Annual statistical returns and brief notes on vaccination in Bengal - 1896-1909
Year: 1896
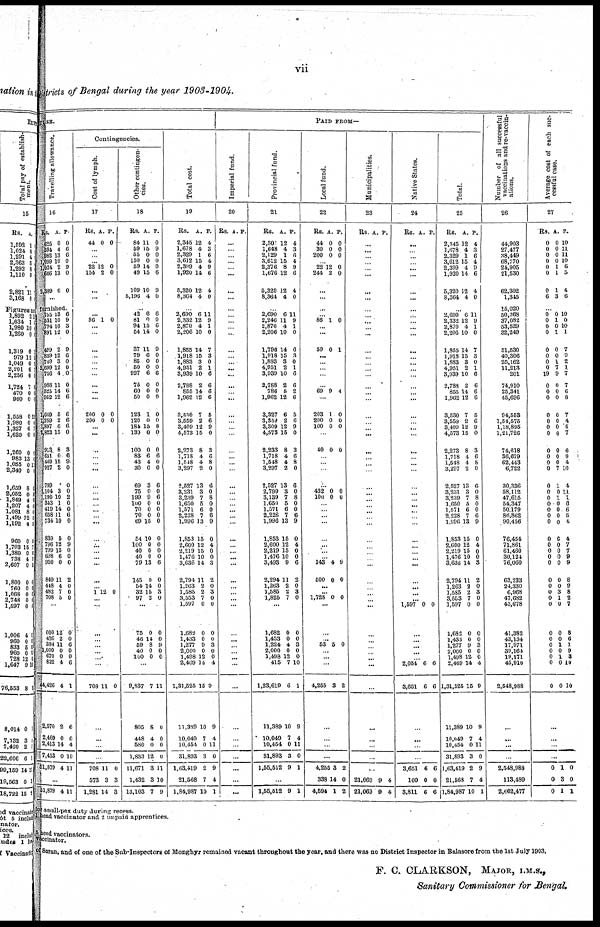
vii
Districts of Bengal during the year 1903-1904.
TURE.
Travelling allowance.
16
Rs.
625
594
982
1,099
1,024
606
2,389
A.
0
4
13
10
2
13
6
P.
0
6
6
0
9
0
0
...
furnished.
755
531
794
891
499
859
749
2,699
756
988
325
952
1,649
1,259
1,897
2,823
913
651
449
927
799
1,104
1,190
343
419
658
734
839
796
799
698
950
849
448
482
708
13
10
10
12
2
12
3
12
4
11
14
12
5
2
6
15
8
0
15
2
0
3
10
1
14
11
10
6
12
15
6
0
11
4
7
5
6
9
3
0
9
6
0
0
0
0
6
6
6
6
6
0
3
6
9
0
0
0
2
0
0
6
0
0
9
0
0
0
2
0
0
0
...
600
426
384
1,000
670
822
44,426
2,570
2,469
2,413
7,453
51,879
12
2
11
0
0
4
4
2
0
14
0
4
0
0
6
0
0
6
1
6
0
4
10
11
...
51,879 4 11
Contingencies.
Cost of lymph.
17
Rs.
44
A.
0
P.
0
...
...
... 22
154
12
2
0
0
...
...
...
... 86 1 0
...
...
...
...
...
...
...
...
...
...
200
200
0
0
0
0
...
...
...
...
... ...
...
...
...
... ...
... ...
...
...
... ...
...
...
...
1 12 0
...
...
...
...
... ...
...
...
708 11 0
...
...
...
...
708
573
1,281
11
3
14
0
3
3
Other contingen
cies.
18
Rs.
84
59
55
150
59
49
109
5,196
A.
11
15
0
0
14
15
10
4
P.
0
9
0
0
0
6
9
0
...
42
81
94
54
37
79
85
50
927
76
60
50
123
120
184
130
100
83
43
30
69
75
199
100
70
70
69
54
100
40
40
79
145
54
82
97
6
0
15
14
11
6
0
0
6
0
0
0
1
0
16
0
0
6
4
0
3
0
9
0
0
0
15
10
0
0
0
13
0
14
15
2
6
0
6
0
9
0
0
0
6
0
0
0
0
0
8
0
0
6
0
0
6
0
6
0
0
0
0
0
0
0
0
6
0
0
3
0
...
75
46
59
40
100
0
14
8
0
0
0
0
9
0
0
...
9,887
805
448
580
1,833
11,671
1,432
13,103
7
8
4
0
12
3
3
7
11
0
0
0
0
11
10
9
Total cost.
19
Rs.
2,345
1,678
2,329
3,612
2,399
1,920
5,320
8,364
A.
12
4
1
15
4
14
12
4
P.
4
3
6
4
9
6
4
0
...
2,690
2,332
2,870
2,206
1,855
1,918
1,883
4,951
3,939
2,788
855
1,962
8,530
3,559
3,409
4,573
2,273
1,718
1,548
3,297
2,527
3,231
3,239
1,650
1,571
2,228
1,996
1,853
2,600
2,219
1,476
3,636
2,794
1,263
1,585
3,553
1,597
1,682
1,433
1,277
2,000
1,498
2,469
1,31,525
11,389
10,049
10,454
31,893
1,63,419
21,568
1,84,987
6
12
4
10
14
15
3
2
10
2
14
12
7
2
12
15
8
4
4
2
13
3
7
5
6
7
13
15
12
15
10
14
11
2
2
7
0
0
0
9
0
12
14
15
10
7
0
3
2
7
10
11
9
1
0
7
3
0
1
6
6
6
6
5
6
9
0
3
6
8
0
6
0
8
0
0
6
9
0
4
0
0
3
2
0
3
0
0
0
0 3
0
0
4
9
9
4
11
0
9
4
1
PAID FROM—
Imperial fund.
20
Rs. A. P.
...
...
...
...
... ...
...
... ...
... ...
...
...
...
...
... ...
...
...
... ...
...
...
...
...
...
...
... ...
...
...
...
...
...
... ...
...
... ...
...
...
...
...
... ...
...
...
...
... ...
...
...
...
...
...
...
...
...
...
...
Provincial fund.
21
Rs.
2,301
1,648
2,129
3,612
2,376
1,676
5,320
8,364
A.
12
4
1
15
8
12
12
4
P.
4
3
6
4
9
6
4
0
...
2,690
2,246
2,870
2,206
1,796
1,918
1,833
4,951
3,939
2,788
786
1,962
3,327
3,359
3,309
4,573
2,233
1,718
1,548
3,297
2,527
2,799
3,139
1,650
1,571
2,228
1,996
1,853
2,600
2,219
1,476
3,493
2,294
1,263
1,585
1,825
6
11
4
10
14
15
3
2
10
2
6
12
6
2
12
15
8
4
4
2
13
3
7
5
6
7
13
15
12
15
10
9
11
2
2
7
11
9
1
0
6
3
0
1
6
6
2
6
5
6
9
0
3
6
8
0
6
0
8
0
0
6
9
0
4
0
0
6
2
0
3
0
...
1,682
1,483
1,224
2,000
1,498
415
1,23,619
11,389
10,049
10,454
31,893
1,55,512
0
0
4
0
12
7
6
10
7
0
8
9
0
0
3
0
0
10
1
9
4
11
0
1
...
1,56,512 9 1
Local fund.
22
Rs.
44
30
200
A.
0
0
0
P.
0
0
0
... 22
244
12
2
0
0
...
...
...
... 86 1 0
...
...
59 0 1
...
...
...
...
...
69 9 4
...
203
200
100
1
0
0
0
0
0
...
40 0 0
... ...
...
...
432
100
0
0
0
0
...
...
...
...
...
...
...
... 143
500
4
0
9
0
...
...
1,728 0 0
...
...
...
53 6 0
...
...
...
4,255 3 2
...
...
...
...
4,265
338
4,594
3
14
1
2
0
2
Municipalities.
23
Rs. A. P.
...
...
...
...
... ...
...
... ...
... ...
... ...
...
...
...
...
...
...
... ...
...
...
...
...
...
...
...
...
...
...
...
...
... ...
...
...
...
...
...
...
...
...
...
...
...
...
...
...
...
... ...
...
...
...
...
...
...
21,069
21,069
9
9
4
4
Native States.
24
Rs A P.
...
...
...
...
... ...
...
... ...
... ...
... ...
...
...
...
...
...
...
...
...
...
...
... ...
...
...
...
...
...
... ...
... ...
...
...
...
... ...
...
...
...
...
...
... 1,597 0 0
...
... ...
...
... 2,054
3,651
6
6
6
6
...
...
...
...
3,651
160
3,811
6
0
6
6
0
6
Total.
25
Rs.
2,342
1,678
2,329
3,612
2,399
1,920
5,320
8,364
A.
12
4
1
15
4
14
12
4
P.
4
3
6
4
9
6
4
0
...
2 690
2,332
2,870
2,206
1,855
1,918
1,883
4,951
3,939
2,788
855
1,962
3,630
3,559
3 409
4,573
2,273
1,718
1,548
3,297
2,527
3,231
3,239
1,650
l,571
2,228
1,996
1,853
2,600
2,219
1,476
3,636
2,794
1,263
l,585
3,553
1,597
1,682
1,433
1,277
2,000
1,498
2,469
1,31,525
11,389
10,049
10,454
31,893
1,63,419
21,568
1,84,987
6
12
4
10
14
15
3
2
10
2
14
12
7
2
12
15
8
4
4
2
13
3
7
5
6
7
13
15
12
15
10
14
11
2
2
7
0
0
0
9
0
12
14
15
10
7
0
3
2
7
10
11
9
1
0
7
3
0
1
6
6
6
6
5
6
9
0
3
6
8
0
6
0
8
0
0
6
9
0
4
0
0
3
2
0
3
0
0
0
0
3
0
0
4
9
9
4
11
0
9
4
1
Number of all successful
vaccinations and re-vaccin
ations.
26
44,903
27,477
38,449
68,770
24,905
21,530
62,302
1,345
15,020
50,368
37,082
53,529
32,249
51,530
40,306
25,162
11,213
201
74,910
25,341
45,696
94,563
1,54,575
1,18,895
1,21,726
74,618
36,679
62,443
6,722
30,336
58,112
47,615
54,347
50,179
86,862
90,456
76,454
71,861
61,460
30,124
76,060
63,233
24,330
6,968
47,682
43,678
41,382
43,134
17,971
39,164
19,171
45,910
2,548,988
...
...
...
...
2,548,988
113,489
2,662,477
Average cost of each suc
cessful case.
27
Rs.
0
0
0
0
0
0
0
6
A.
0
0
0
0
1
1
1
3
P.
10
11
11
10
6
5
4
6
...
0
0
0
0
0
0
0
0
19
0
0
0
0
0
0
0
0
0
0
0
0
0
0
0
0
0
0
0
0
0
0
0
0
0
0
0
0
0
0
0
0
0
0
0
0
1
0
1
0
0
1
7
9
0
0
0
0
0
0
0
0
0
0
7
1
0
1
0
0
0
0
0
0
0
0
0
0
0
3
1
0
0
0
1
0
1
0
0
10
0
10
1
7
9
2
1
7
7
6
8
7
4
5
7
6
9
4
10
4
11
1
6
6
5
4
4
7
7
9
9
8
9
8
2
7
8
6
1
9
3
10
10
...
...
...
0
0
0
1
3
1
0
0
1
or small-pox duty during recess.
head vaccinator and 2 unpaid apprentices.
head vaccinators.
vaccinator.
‡ Saran, and of one of the Sub-Inspectors of Monghyr remained vacant throughout the year, and there was no District Inspector in Balasore from the 1st July 1903.
F. C. CLARKSON, MAJOR, I.M.S.,
Sanitary Commissioner for Bengal.